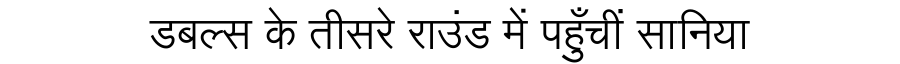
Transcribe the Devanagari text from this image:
डबल्स के तीसरे राउंड में पहुँचीं सानिया